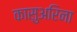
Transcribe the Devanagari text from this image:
कासुअरिना